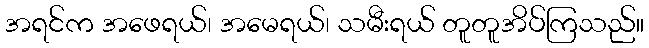
အရင်က အဖေရယ်၊ အမေရယ်၊ သမီးရယ် တူတူအိပ်ကြသည်။